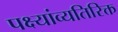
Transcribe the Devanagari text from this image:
पक्ष्यांव्यतिरिक्त